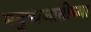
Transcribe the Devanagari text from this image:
मनुष्यजातीच्या